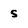
Character: s